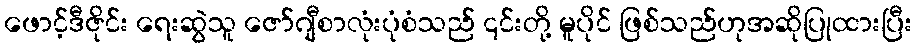
ဖောင့်ဒီဇိုင်း ရေးဆွဲသူ ဇော်ဂျီစာလုံးပုံစံသည် ၎င်းတို့ မူပိုင် ဖြစ်သည်ဟုအဆိုပြုထားပြီး